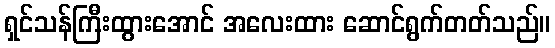
ရှင်သန်ကြီးထွားအောင် အလေးထား ဆောင်ရွက်တတ်သည်။